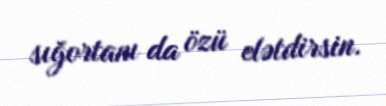
sığortanı da özü elətdirsin.